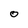
Character: 0